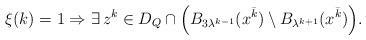
LaTeX: \begin{align*}\xi(k)=1 \Rightarrow\exists \,z^k\in D_Q\cap \Bigl(B_{3\lambda^{k-1}}(x^{\bar k})\setminus B_{\lambda^{k+1}}(x^{\bar k})\Bigr).\end{align*}